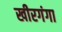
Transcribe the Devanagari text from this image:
खीरगंगा